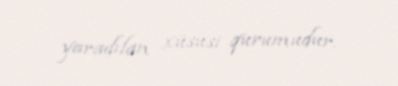
yaradılan xüsusi qurumudur.